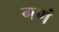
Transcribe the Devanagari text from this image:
गणं